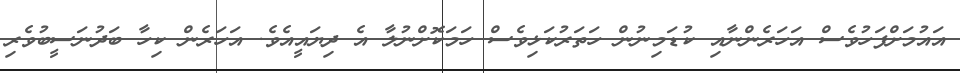
އައުމަށްފަހުވެސް އަހަރެންނާއި ކުޑަމިނުން ހަތަރުކަޅިވެސް ހަމަކޮށްނުލާ އެ ދިޔައީއެވެ. އަހަރެން ކިހާ ބަދުނަސީބުވެރި